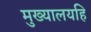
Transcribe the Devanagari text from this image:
मुख्यालयहि